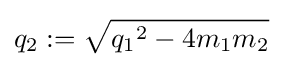
q_{2}:={\sqrt {{q_{1}}^{2}-4m_{1}m_{2}}}\,\!